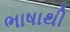
ભાષાથી